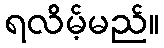
ရလိမ့်မည်။